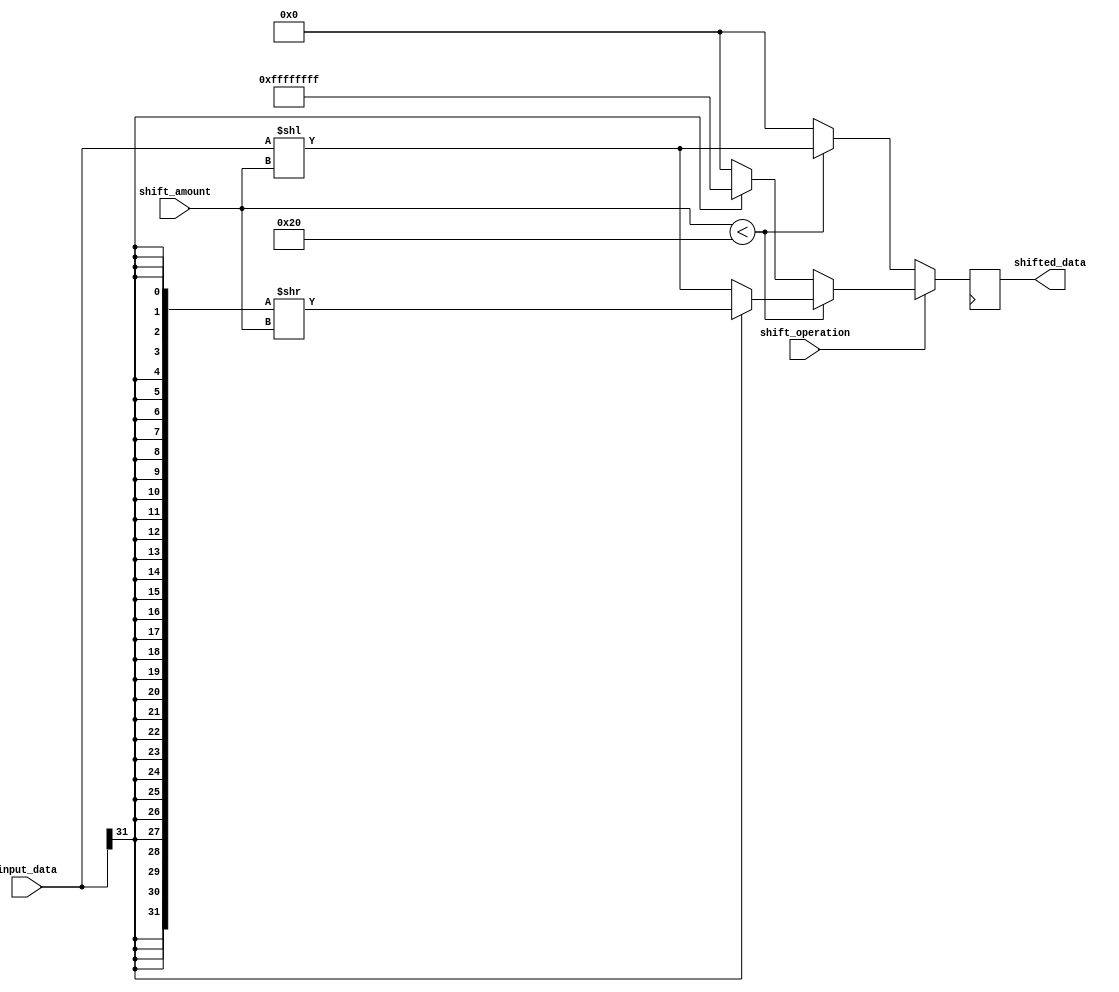
module barrel_shifter (
  input [31:0] input_data,
  input [4:0] shift_amount,
  input shift_operation, // 0: logical shift, 1: arithmetic shift
  output reg [31:0] shifted_data
);

reg [31:0] shifted_data_temp;

always @(*) begin
  if (shift_operation == 0) begin // logical shift
    if (shift_amount < 32) begin
      shifted_data_temp = input_data << shift_amount;
    end
    else begin
      shifted_data_temp = 32'h00000000;
    end
  end
  else begin // arithmetic shift
    if (shift_amount < 32) begin
      shifted_data_temp = (input_data[31] == 1) ? {32{input_data[31]}} >> shift_amount : input_data << shift_amount;
    end
    else begin
      shifted_data_temp = (input_data[31] == 1) ? {32{input_data[31]}} : 32'h00000000;
    end
  end
end

always @(posedge clk) begin
  shifted_data <= shifted_data_temp;
end

endmodule